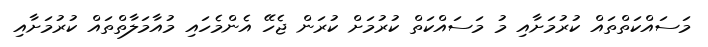
މަސައްކަތްތައް ކުރުމަށާއި މު މަސައްކަތް ކުރުމަށް ކުރަން ޖެހޭ އެންމެހައި މުއާމަލާތްތައް ކުރުމަށާއި